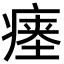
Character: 瘗